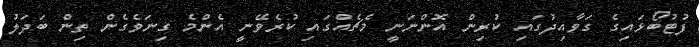
ފުޓުބޯޅައިގެ ގަވާއިދުގައި ކުރިން އޮންނަނީ މެޗެއްގައި ކުރެވޭނީ އެންމެ ގިނަވެގެން ތިން ބަދަލު